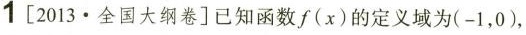
1[2013·全国大纲卷]已知函数f(x)的定义域为(-1，0)，